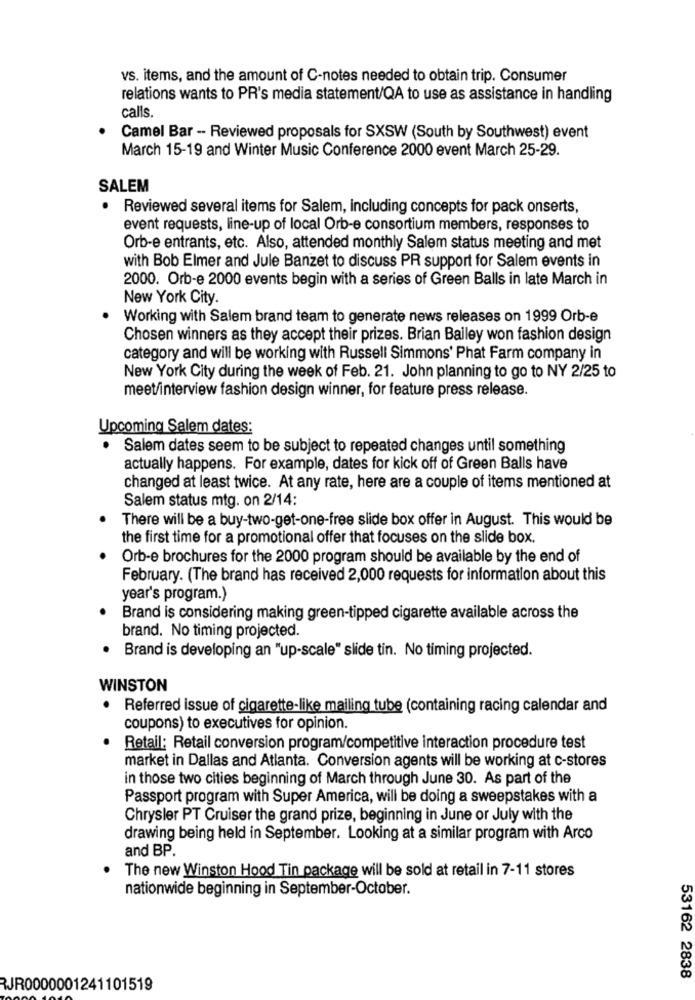
vs. items, and the amount of C-notes needed to obtain trip. Consumer
relations wants to PR's media statement/QA to use as assistance in handling
calls.
Camel Bar - Reviewed proposals for SXSW (South by Southwest) event
March 15-19 and Winter Music Conference 2000 event March 25-29.
SALEM
Reviewed several items for Salem, including concepts for pack onserts,
event requests, line-up of local Orb-e consortium members, responses to
Orb-e entrants, etc. Also, attended monthly Salem status meeting and met
with Bob Elmer and Jule Banzet to discuss PR support for Salem events in
2000. Orb-e 2000 events begin with a series of Green Balls in late March in
New York City.
Working with Salem brand team to generate news releases on 1999 Orb-e
Chosen winners as they accept their prizes. Brian Bailey won fashion design
category and will be working with Russell Simmons' Phat Farm company in
New York City during the week of Feb. 21. John planning to go to NY 2/25 to
meet/interview fashion design winner, for feature press release.
Upcoming Salem dates:
Salem dates seem to be subject to repeated changes until something
actually happens. For example, dates for kick off of Green Balls have
changed at least twice. At any rate, here are a couple of items mentioned at
Salem status mtg. on 2/14:
There will be a buy-two-get-one-free slide box offer in August. This would be
the first time for a promotional offer that focuses on the slide box.
Orb-e brochures for the 2000 program should be available by the end of
February. (The brand has received 2,000 requests for information about this
year's program.)
Brand is considering making green-tipped cigarette available across the
brand. No timing projected.
Brand is developing an "up-scale" slide tin. No timing projected.
WINSTON
Referred issue of cigarette-like mailing tube (containing racing calendar and
coupons) to executives for opinion.
Retail: Retail conversion program/competitive interaction procedure test
market in Dallas and Atlanta. Conversion agents will be working at c-stores
in those two cities beginning of March through June 30. As part of the
Passport program with Super America, will be doing a sweepstakes with a
Chrysler PT Cruiser the grand prize, beginning in June or July with the
drawing being held in September. Looking at a similar program with Arco
and BP.
The new Winston Hood Tin package will be sold at retail in 7-11 stores
nationwide beginning in September-October.
53162 2838
RJR0000001241101519